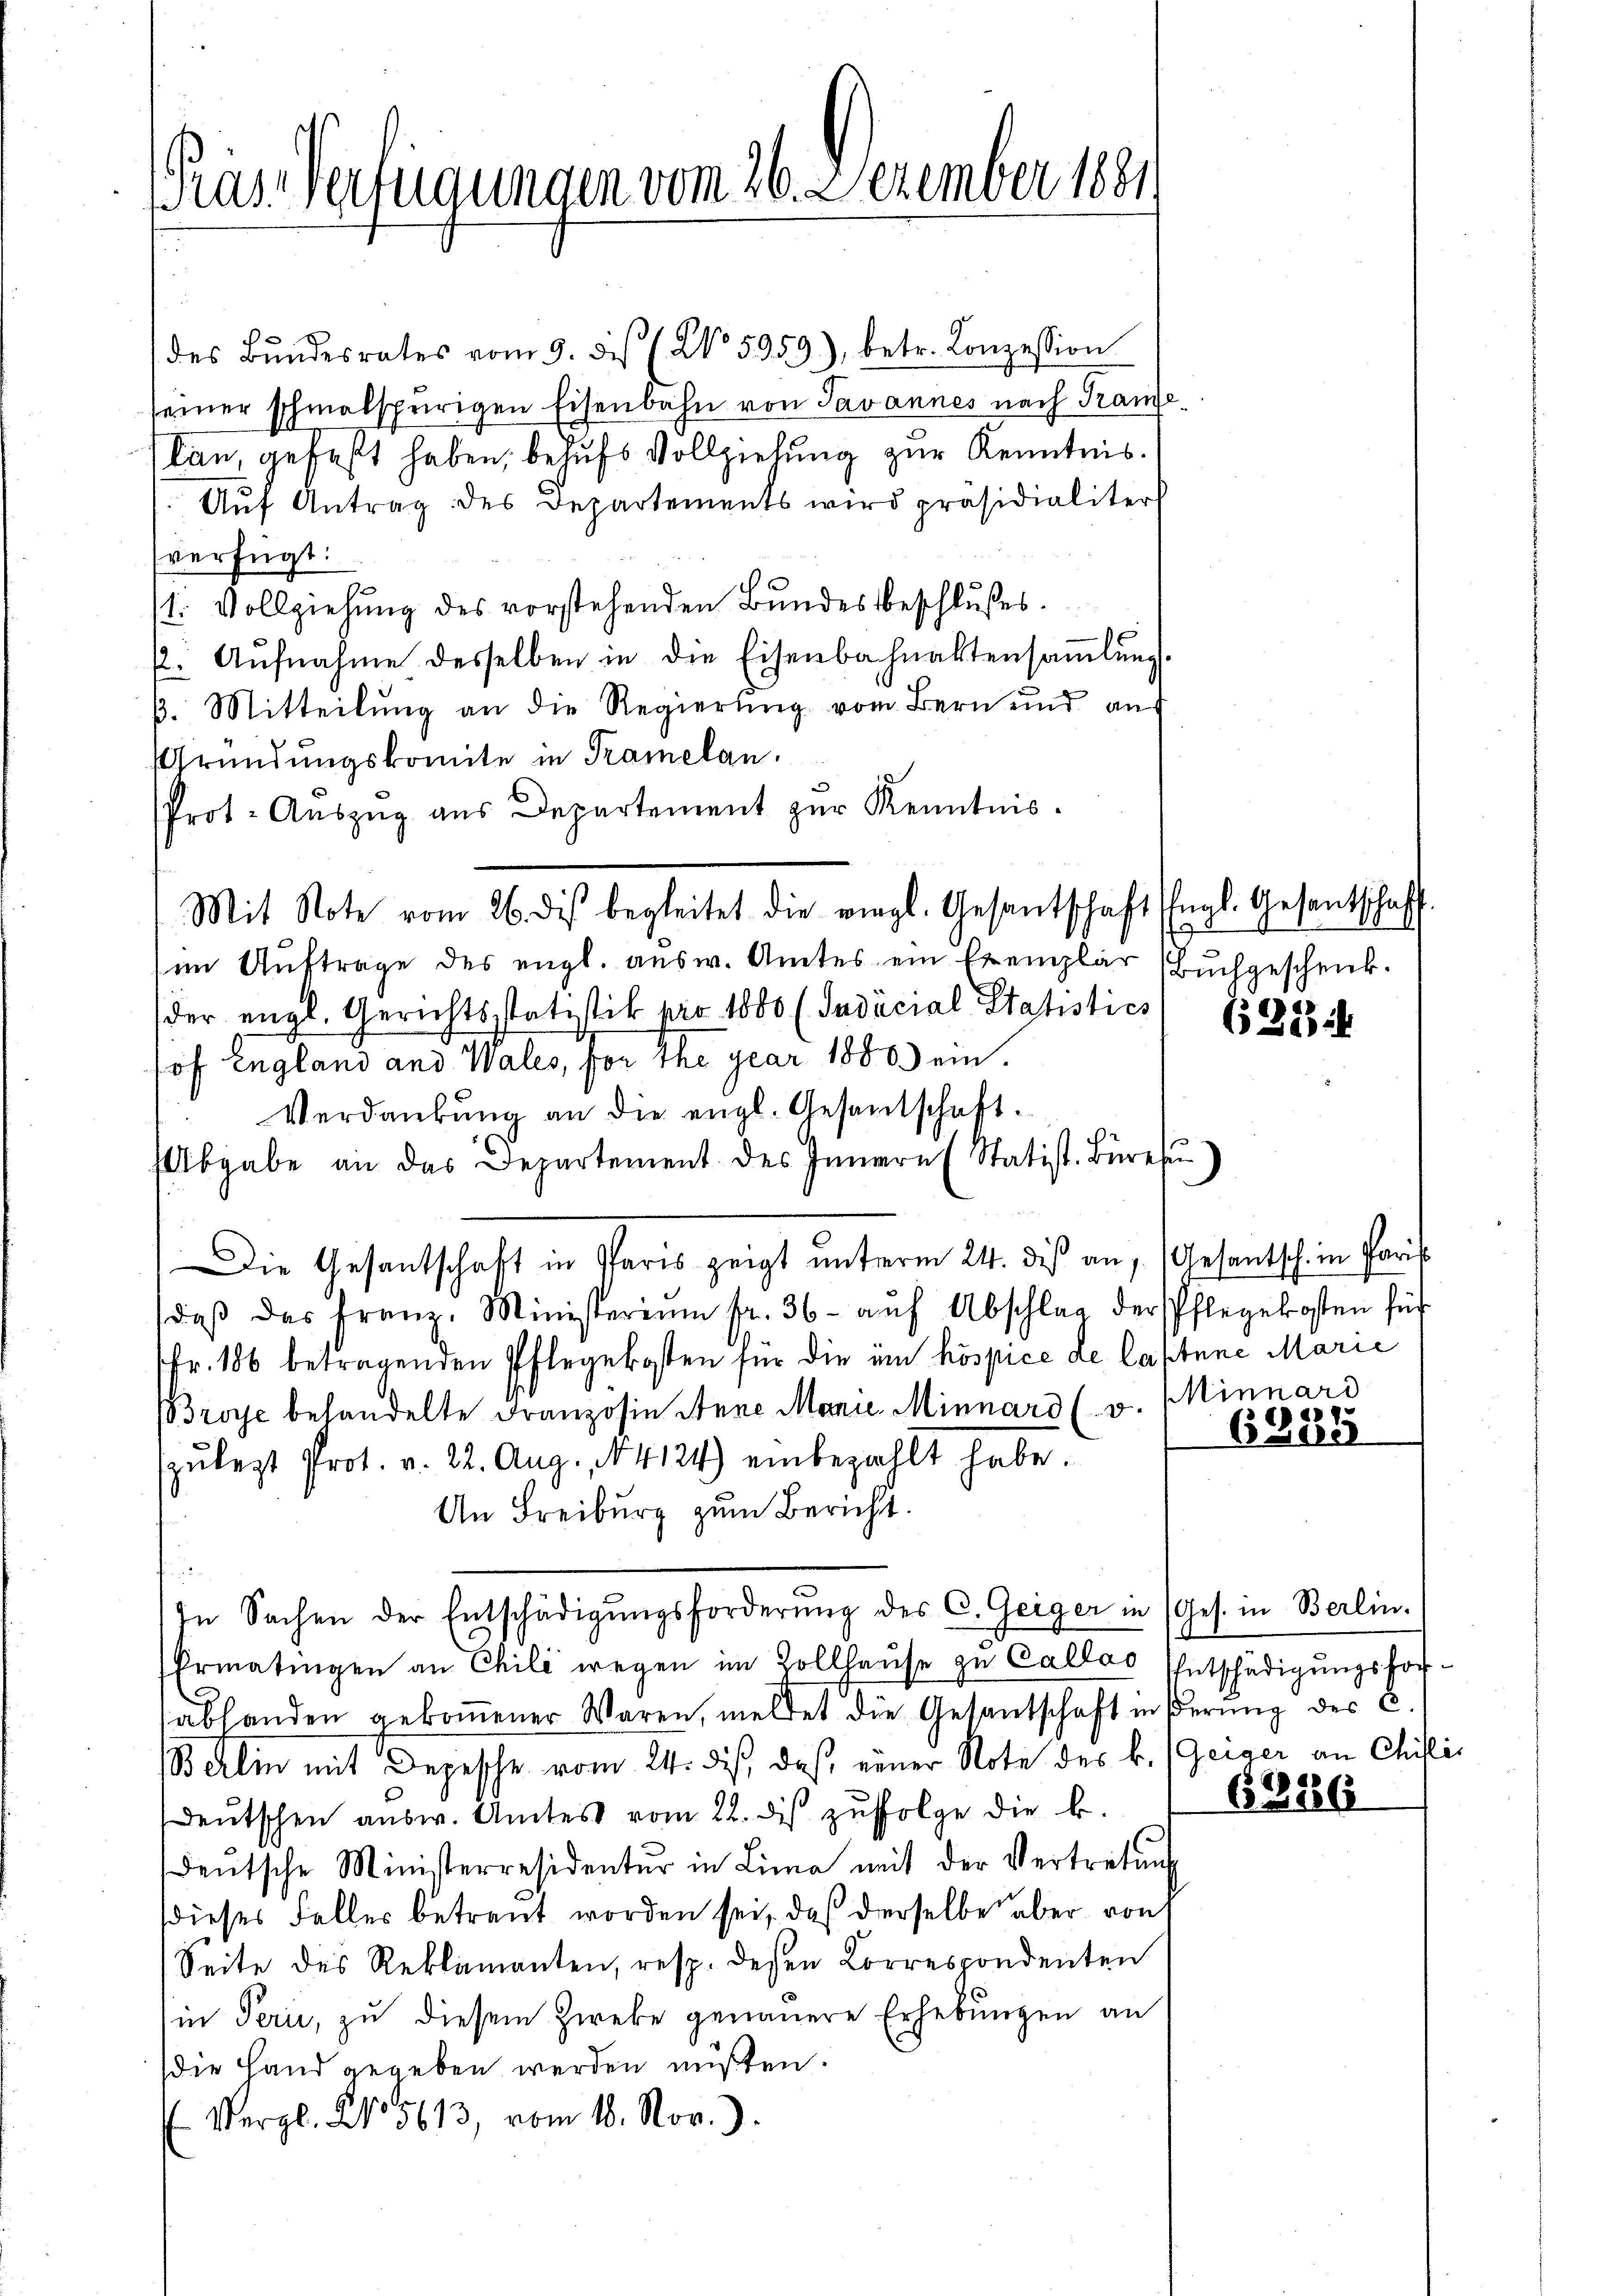
as-Verfügungen vom 26. Dezember 1881

des Bŭndesrates vom 9. des (No. 5959), betr. Konzession
seiner schmalspurigen Eisenbahn von Savannes nach Traue
Can, gefaßt haben, behufs Vollziehung zur Kenntnis.
Aŭf Antrag des Departements wird präsidialiter
sverfügt:
st. Vollziehung des vorstehenden Bundesbeschlußes.
p. Aŭfnahme desselben in die Eisenbahnaktersaṁlŭng
β. Mitteilŭng an die Regierŭng vom Bern und aus
Gründungskomite in Tramelan
Prot. Aŭszŭg ans Departement zur Kenntnis.
Mit Note vom 26. dis begleitet die viegl. Gesantschaft Engl. Gesantschaft
(im Auftrage des engl. ausw. Amtes ein Exemplar (Buchgeschenk.
der engl. Gerichtsstatistik pro 1880 (Indicial Statisties
hof England and Wales, for Ihr gear 1880 ein.
Verdankŭng an die engl. Gesamtschaft.
Abgabe an das Departement des Innern (Statist. Büre
Die Gesantschaft in Paris zeigt ŭnterm 24. dieß an, Gesantsch in Paris
daβ das Franz, Ministerium fr. 36. aŭf Abschlag der Pflegekosten für
Fr. 186 betragenden Pflegekosten für die um hospice de lahtene Marie
BBroye behandelte Franzosie Anne Manie Minnard (v. Minnard
szŭlegt Prot. v. 22. Aug. 14124) einbezahlt habe.
An Freiburg zum Bericht.
In Sachen der Entschädigŭngsforderŭng des C. Geiger in (Ges. in Berlin.
Ermatingen an Chili wegen im Sollhause zu Callas Entschädigungsforabhanden gekoṁener Waren, meldet die Gesantschaft in Berŭng des C.
B klin mit Depesche vom 24. ds., daß einer Note des k. (Geiger an Chisli
deŭtschen aŭsw. Amtes vom 22. dis zŭfolge die k.
deŭtsche Ministerresidentŭr in Lina mit der Vertretŭng
dieses Feller betreut worden sei, daß derselbe aber von
Seite des Reklamanten, resp. deßen Korrespondenten
in Perii, zu diesem Zweke genauere Erhebungen an
die Hand gegeben werden müßten.
(Vergl. No 5613, vom 18. Nov.

(211.

e

6 Zei

6386